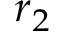
{ \boldsymbol { r } } _ { 2 }